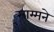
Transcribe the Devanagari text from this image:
साम्मने